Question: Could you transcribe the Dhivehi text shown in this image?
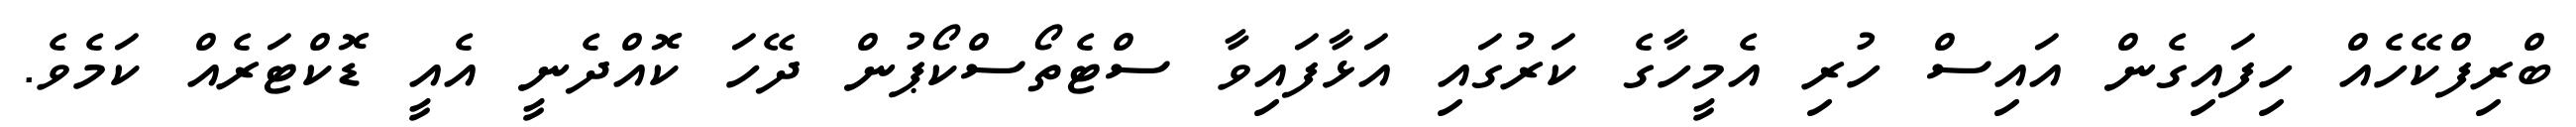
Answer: ބްރިފްކޭހެއް ހިފައިގެން އައިސް ހުރި އެމީހާގެ ކަރުގައި އަޅާފައިވާ ސްޓެތޯސްކޯޕުން ދޭހަ ކޮއްދެނީ އެއީ ޑޮކްޓަރެއް ކަމެވެ.